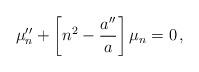
LaTeX: \begin{align*}\mu_n^{\prime \prime} + \left[ n^2 - \frac{a^{\prime \prime}}{a} \right]\mu_n=0 \,,\end{align*}